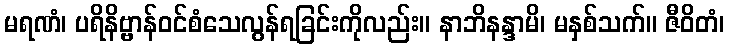
မရဏံ၊ ပရိနိဗ္ဗာန်ဝင်စံသေလွန်ရခြင်းကိုလည်း။ နာဘိနန္ဒာမိ၊ မနှစ်သက်။ ဇီဝိတံ၊